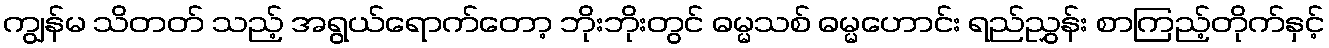
ကျွန်မ သိတတ် သည့် အရွယ်ရောက်တော့ ဘိုးဘိုးတွင် ဓမ္မသစ် ဓမ္မဟောင်း ရည်ညွှန်း စာကြည့်တိုက်နှင့်